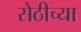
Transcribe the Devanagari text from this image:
सेठीच्या